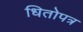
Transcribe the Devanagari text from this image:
धितोपत्र